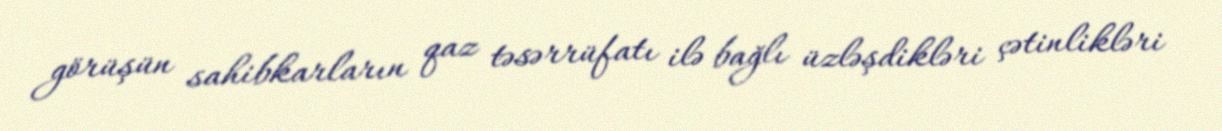
görüşün sahibkarların qaz təsərrüfatı ilə bağlı üzləşdikləri çətinlikləri